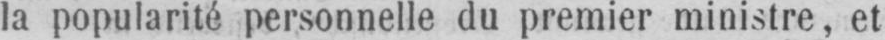
la popularité personnelle du premier ministre, et